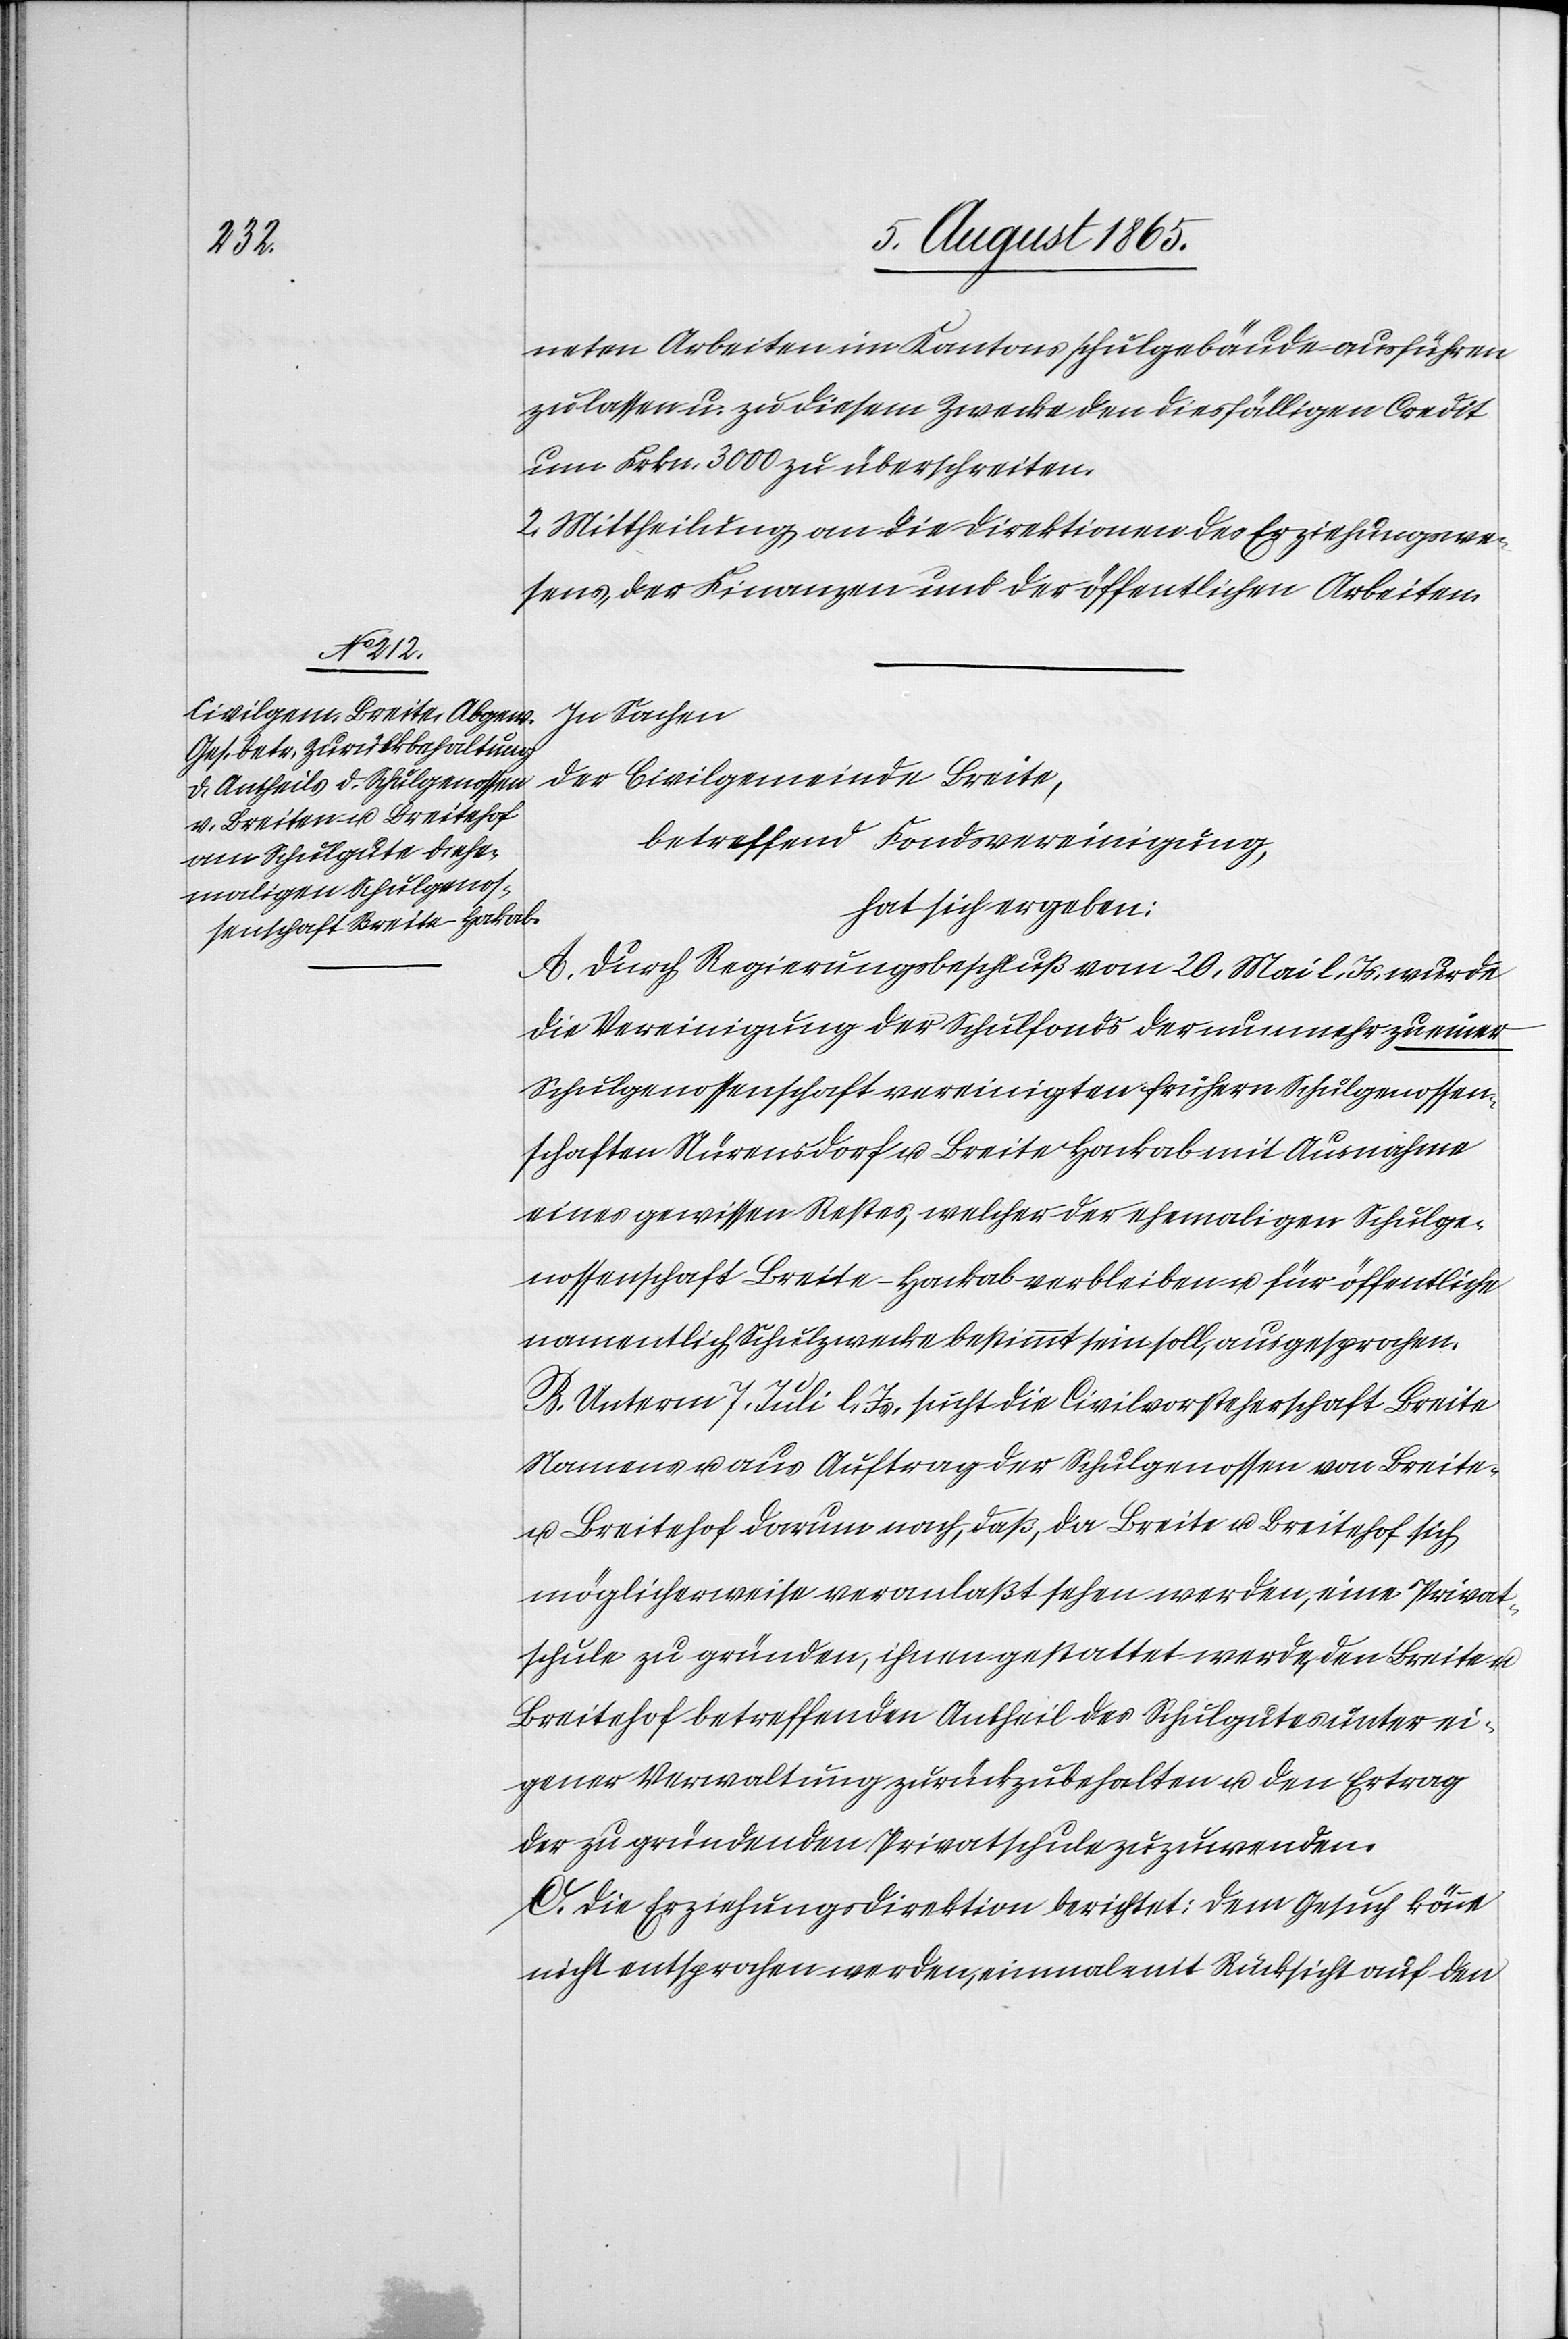
neten Arbeiten im Kantonsschulgebäude ausführen
zu lassen u. zu diesem Zwecke den diesfälligen Credit
um Frkn. 3000 zu überschreiten.
2. Mittheilung an die Direktion des Erziehungswe¬
sens, der Finanzen und der öffentlichen Arbeiten.
In Sachen
der Civilgemeinde Breite,
betreffend Fondsvereinigung,
hat sich ergeben:
A. Durch Regierungsbeschluß vom 20. Mai l. Js. wurde
die Vereinigung der Schulfonds der nunmehr zu einer
Schulgenossenschaft vereinigten frühern Schulgenossen¬
schaften Nürensdorf u. Breite Hackab mit Ausnahme
eines gewissen Restes, welcher der ehemaligen Schulge¬
nossenschaft Breite-Hackab verbleiben u. für öffentliche
namentlich Schulzwecke bestimmt sein soll, ausgesprochen.
B. Unterm 7. Juli l. Js. sucht die Civilvorsteherschaft Breite
Namens u. aus Auftrag der Schulgenossen von Breite-
u. Breitehof darum nach, daß, da Breite u. Breitehof sich
möglicherweise veranlaßt sehen werden, eine Privat¬
schule zu gründen, ihnen gestattet werde, den Breite u.
Breitehof betreffenden Antheil des Schulgutes unter ei¬
gener Verwaltung zurückzubehalten u. den Ertrag
der zu gründenden Privatschule zuzuwenden.
C. Die Erziehungsdirektion berichtet: Dem Gesuch könne
nicht entsprochen werden, einmal mit Rücksicht auf den